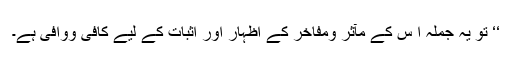
‘‘ تو یہ جملہ ا س کے مآثر ومفاخر کے اظہار اور اثبات کے لیے کافی ووافی ہے۔